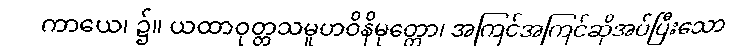
ကာယေ၊ ၌။ ယထာဝုတ္တသမူဟဝိနိမုတ္တော၊ အကြင်အကြင်ဆိုအပ်ပြီးသော